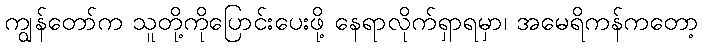
ကျွန်တော်က သူတို့ကိုပြောင်းပေးဖို့ နေရာလိုက်ရှာရမှာ၊ အမေရိကန်ကတော့